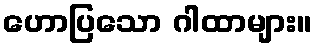
ဟောပြသော ဂါထာများ။